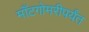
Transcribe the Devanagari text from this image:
माँटगोमरीपर्यंत